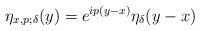
LaTeX: \begin{align*} &\eta_{x,p;\delta}(y)=e^{ip(y-x)}\eta_\delta(y-x)\end{align*}